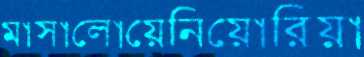
মাসালোয়েনিয়োরিয়া